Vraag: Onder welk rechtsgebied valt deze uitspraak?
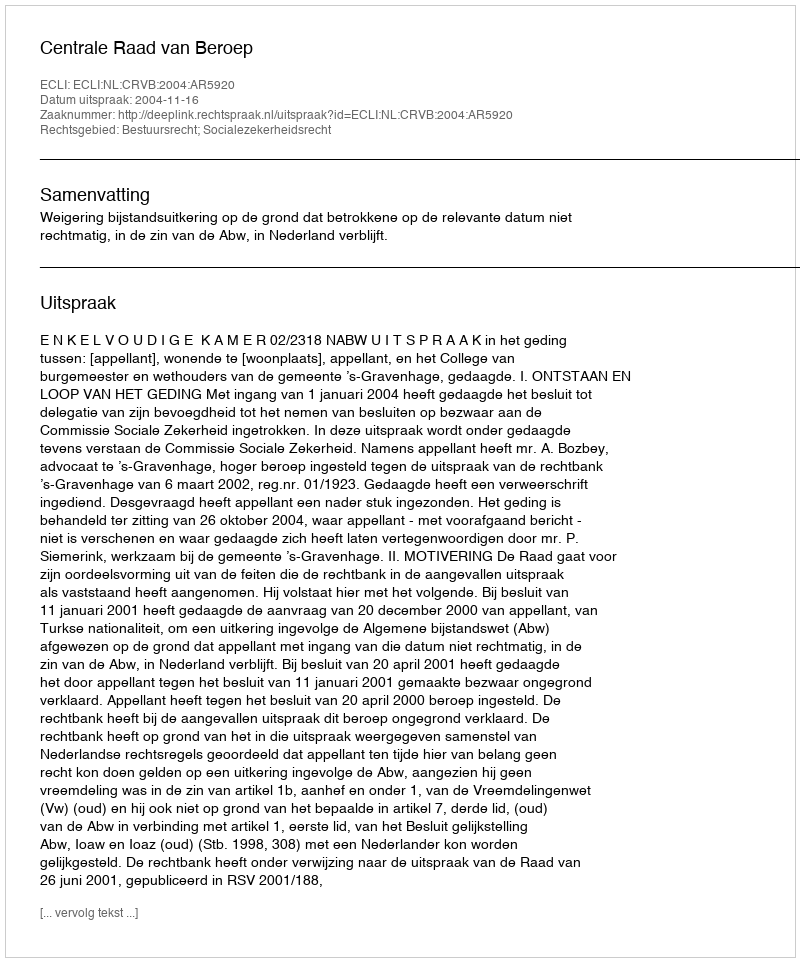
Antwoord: Bestuursrecht; Socialezekerheidsrecht